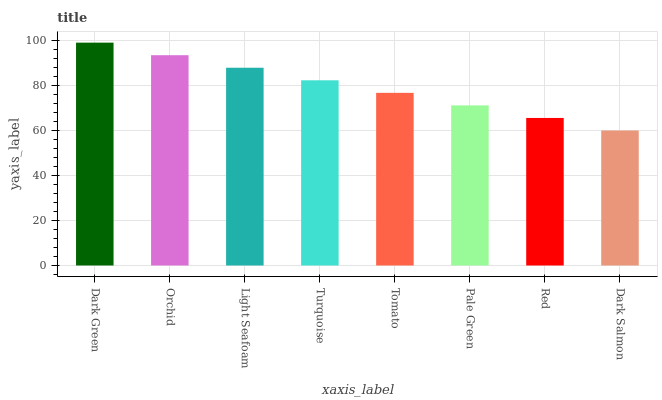
| xaxis_label | bars |
 | --- | --- |
 | Dark Green | 99 |
 | Orchid | 93.4 |
 | Light Seafoam | 87.8 |
 | Turquoise | 82.3 |
 | Tomato | 76.7 |
 | Pale Green | 71.1 |
 | Red | 65.5 |
 | Dark Salmon | 60 |